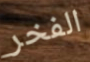
الفخر